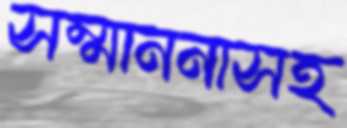
সম্মাননাসহ